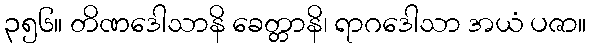
၃၅၆။ တိဏဒေါသာနိ ခေတ္တာနိ၊ ရာဂဒေါသာ အယံ ပဇာ။